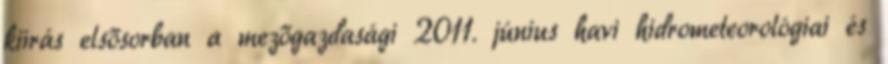
kiírás elsősorban a mezőgazdasági 2011. június havi hidrometeorológiai és